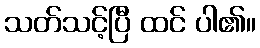
သတ်သင့်ပြီ ထင် ပါ၏။